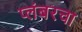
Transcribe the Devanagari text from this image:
प्लंबरचा